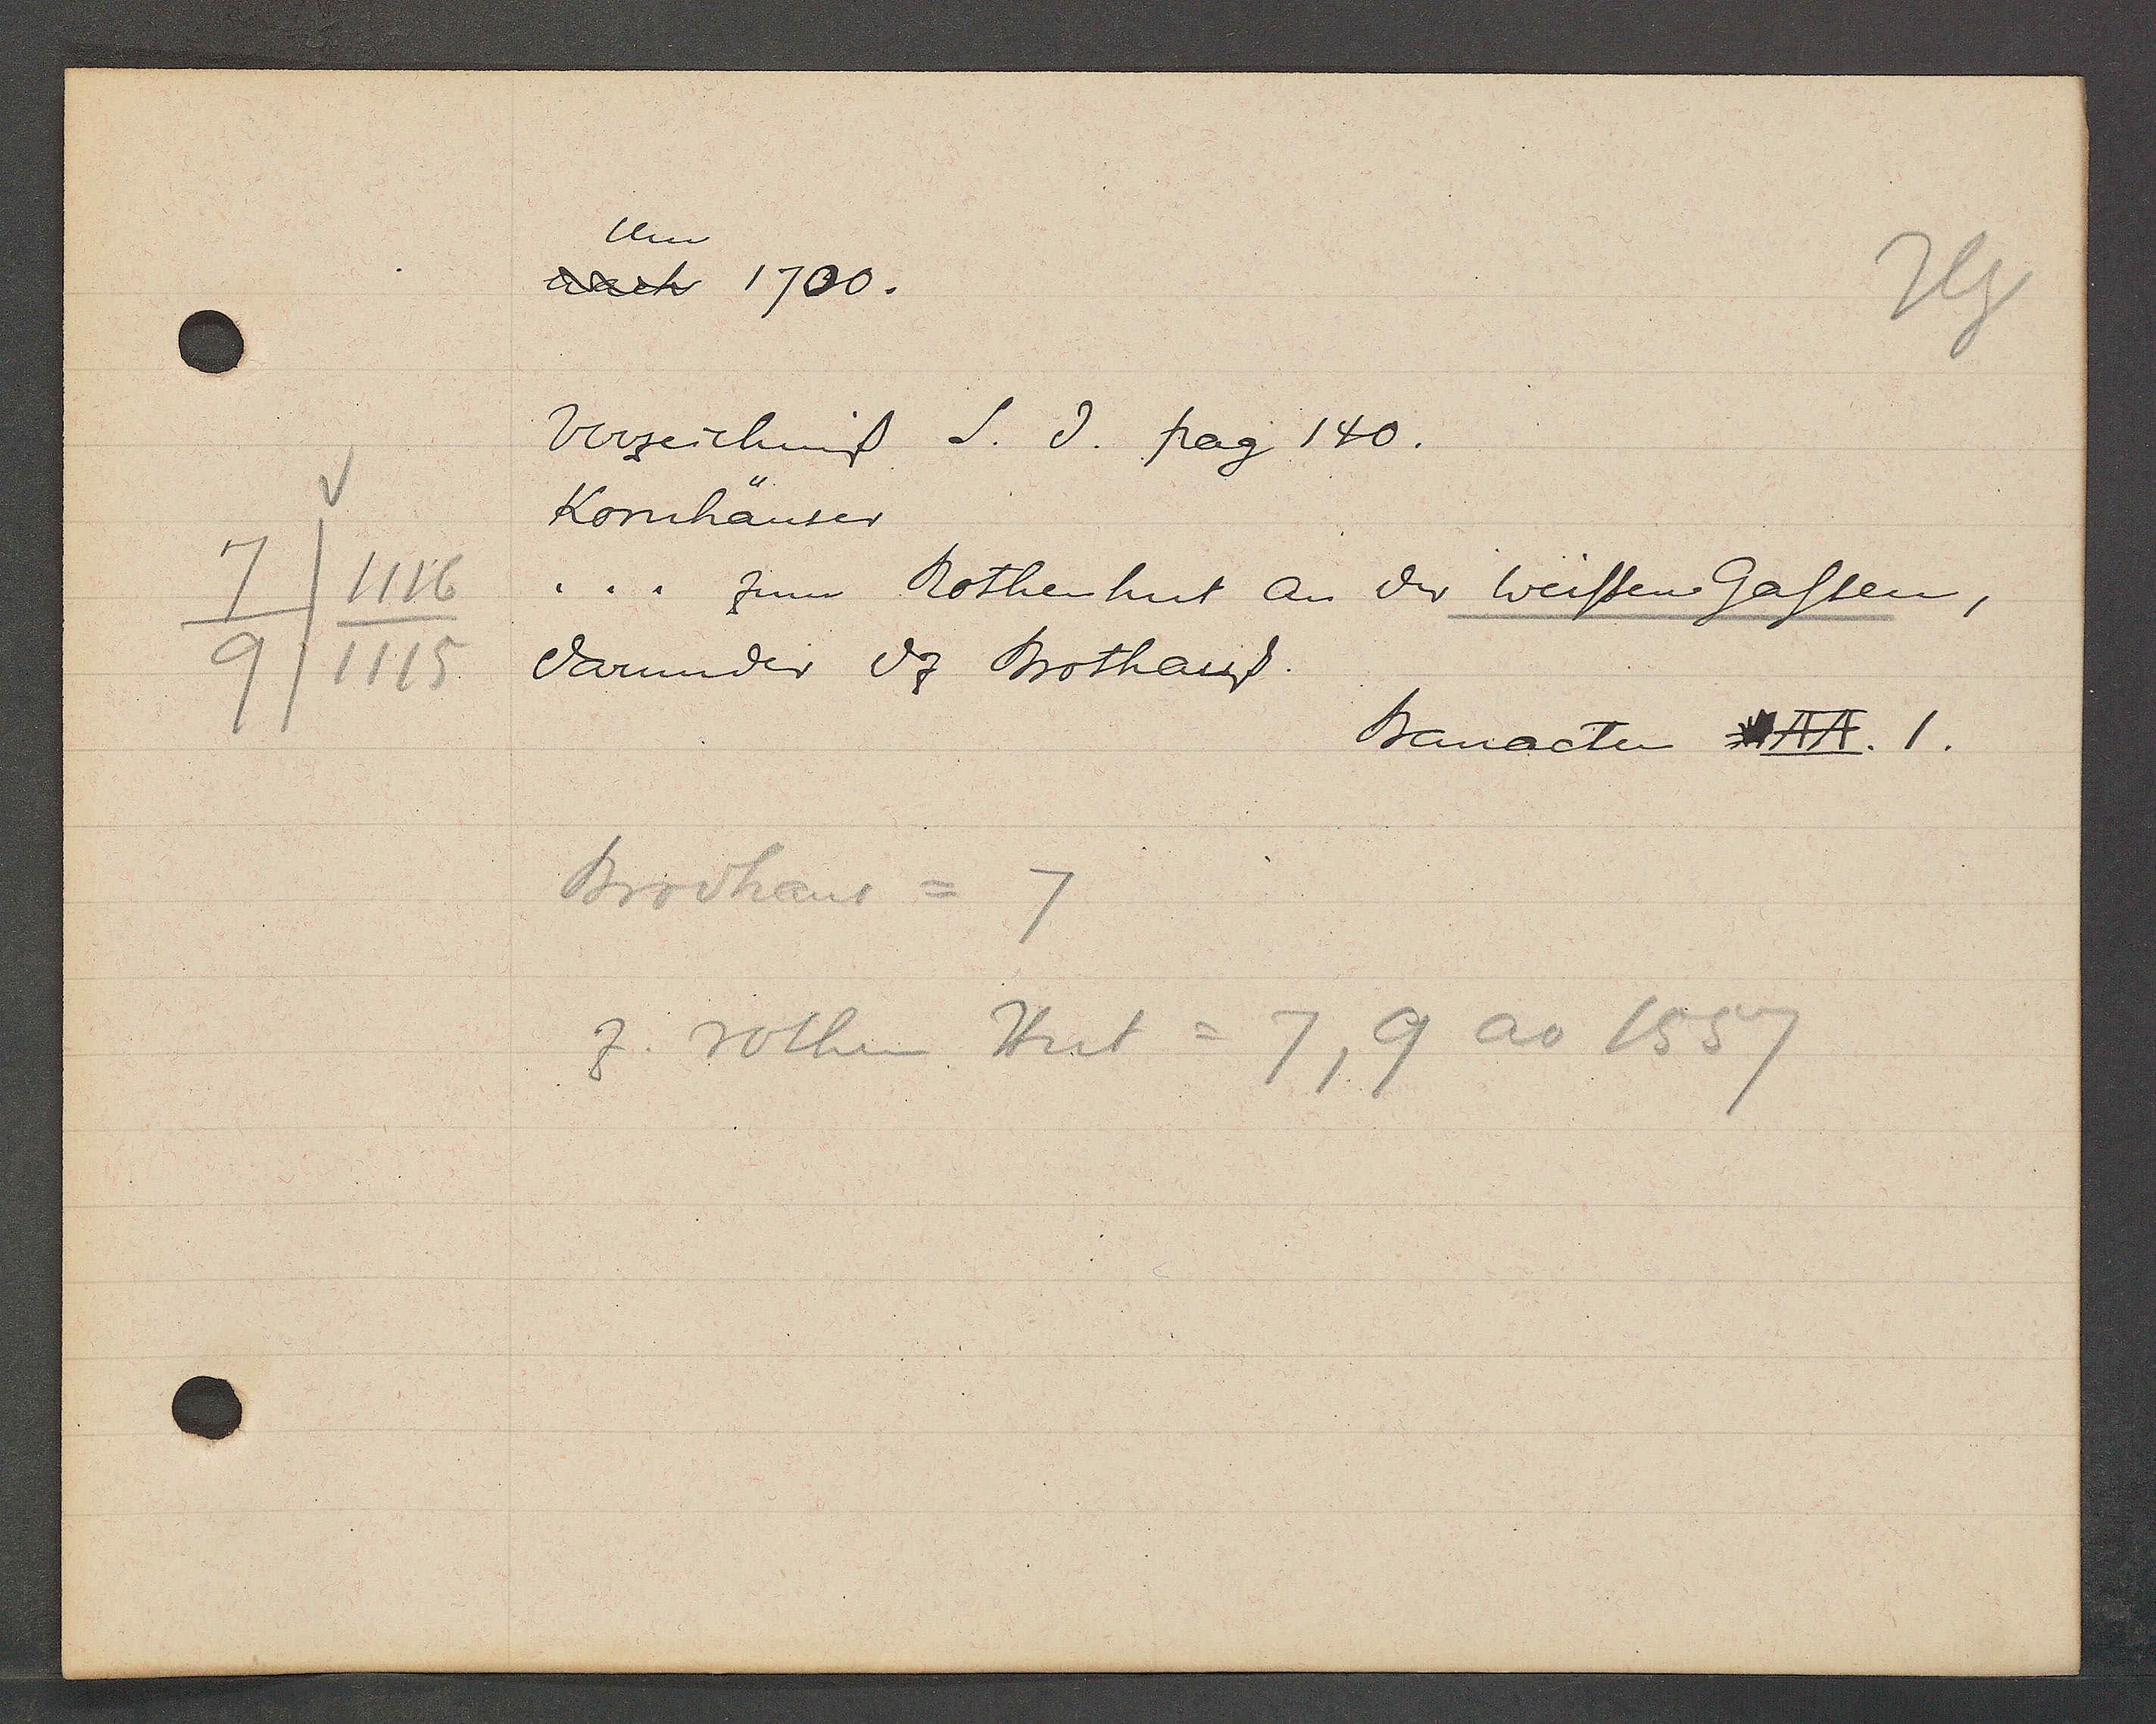
Transcript:
7/1116
7/1115

Um
1700
Verzeichnis S. 3.pag 140
Kornhäuser
... zum Rothenhut an der weissen Gassen,
darunder dz Brothaus.

Bauacten AA. I.

Brodhaus = 7
zu rothen Hut = 7,
9 ao 1557